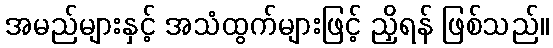
အမည်များနှင့် အသံထွက်များဖြင့် ညှိရန် ဖြစ်သည်။